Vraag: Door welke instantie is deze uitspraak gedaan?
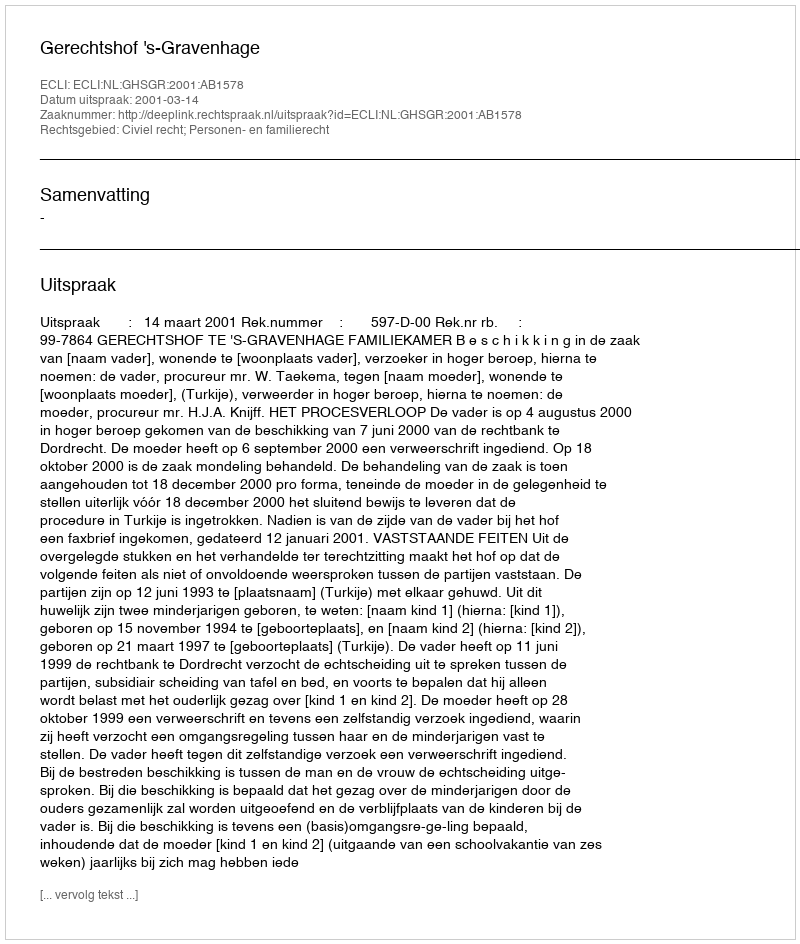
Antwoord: Gerechtshof 's-Gravenhage